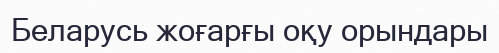
Беларусь жоғарғы оқу орындары